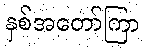
နှစ်အတော်ကြာ